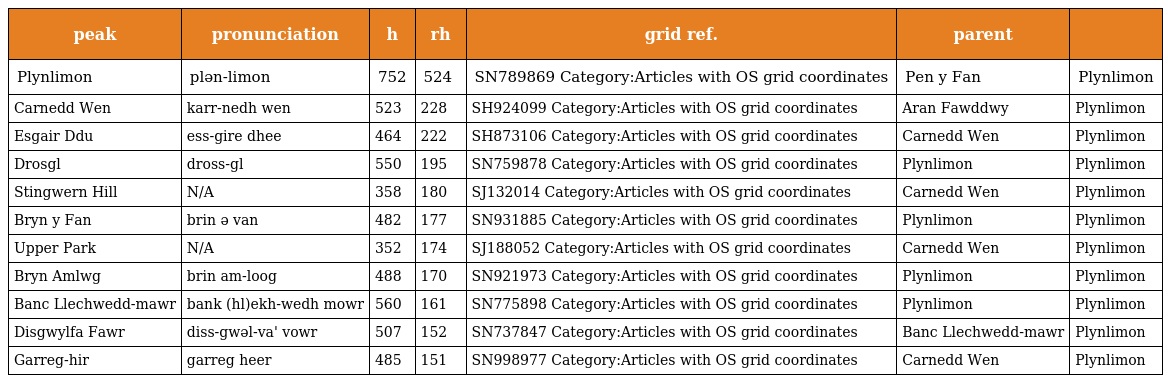
| peak | pronunciation | h | rh | grid ref. | parent |  |
 | --- | --- | --- | --- | --- | --- | --- |
 | Plynlimon | plən-limon | 752 | 524 | SN789869 Category:Articles with OS grid coordinates | Pen y Fan | Plynlimon |
 | Carnedd Wen | karr-nedh wen | 523 | 228 | SH924099 Category:Articles with OS grid coordinates | Aran Fawddwy | Plynlimon |
 | Esgair Ddu | ess-gire dhee | 464 | 222 | SH873106 Category:Articles with OS grid coordinates | Carnedd Wen | Plynlimon |
 | Drosgl | dross-gl | 550 | 195 | SN759878 Category:Articles with OS grid coordinates | Plynlimon | Plynlimon |
 | Stingwern Hill | N/A | 358 | 180 | SJ132014 Category:Articles with OS grid coordinates | Carnedd Wen | Plynlimon |
 | Bryn y Fan | brin ə van | 482 | 177 | SN931885 Category:Articles with OS grid coordinates | Plynlimon | Plynlimon |
 | Upper Park | N/A | 352 | 174 | SJ188052 Category:Articles with OS grid coordinates | Carnedd Wen | Plynlimon |
 | Bryn Amlwg | brin am-loog | 488 | 170 | SN921973 Category:Articles with OS grid coordinates | Plynlimon | Plynlimon |
 | Banc Llechwedd-mawr | bank (hl)ekh-wedh mowr | 560 | 161 | SN775898 Category:Articles with OS grid coordinates | Plynlimon | Plynlimon |
 | Disgwylfa Fawr | diss-gwəl-va' vowr | 507 | 152 | SN737847 Category:Articles with OS grid coordinates | Banc Llechwedd-mawr | Plynlimon |
 | Garreg-hir | garreg heer | 485 | 151 | SN998977 Category:Articles with OS grid coordinates | Carnedd Wen | Plynlimon |